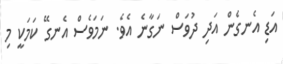
އަޑި އެނގެން އަދި ދުވަސް ނަގާނެ އެވެ. ނަމަވެސް އެނގޭ ކަމަކީ މި